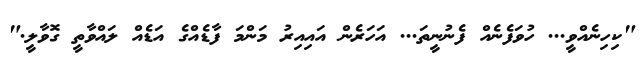
"ކިހިނެއްވީ... ހުވަފެނެއް ފެނުނީތަ... އަހަރެން އައިއިރު މަންމަ ފާޑެއްގެ އަޑެއް ލައްވާތީ ގޮވާލީ."